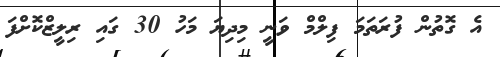
އެ ގޮތުން ފުރަތަމަ ފިލްމް ވަނީ މިދިޔަ މަހު 30 ގައި ރިލީޒްކޮށްފަ